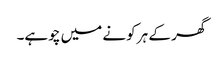
گھر کے ہر کونے میں چوہے۔